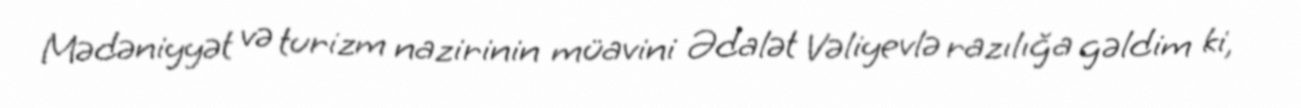
Mədəniyyət və turizm nazirinin müavini Ədalət Vəliyevlə razılığa gəldim ki,